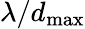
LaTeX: \lambda/d_{\mathrm{max}}